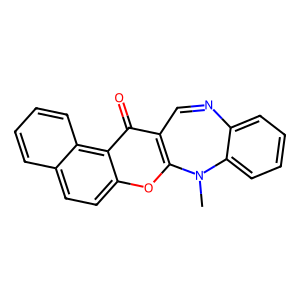
SMILES: CN1c2ccccc2N=Cc2c1oc1ccc3ccccc3c1c2=O
Inhibits HIV replication: Yes